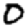
Digit: 0